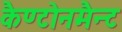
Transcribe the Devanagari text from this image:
कैण्टोनमैन्ट